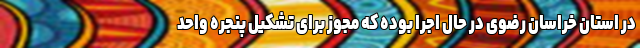
در استان خراسان ‌رضوی در حال اجرا بوده که مجوز برای تشکیل پنجره واحد